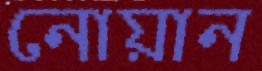
নোয়ান